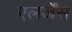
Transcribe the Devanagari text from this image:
एलर्जेंस